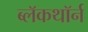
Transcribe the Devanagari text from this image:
ब्लॅकथॉर्न